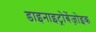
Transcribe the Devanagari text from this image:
डाइनाइट्रोबेंज़ोइक